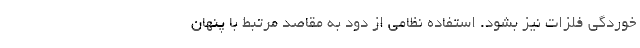
خوردگی فلزات نیز بشود. استفاده نظامی از دود به مقاصد مرتبط با پنهان